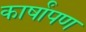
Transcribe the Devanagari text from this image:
कार्षांपण